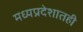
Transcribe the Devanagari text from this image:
मध्यप्रदेशातही